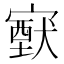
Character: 𡫈